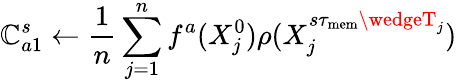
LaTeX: \mathbb{C}_{a1}^{s}\gets\frac{{1}}{{n}}\sum_{j=1}^{n}f^{a}(X_{j}^{0})\rho(X_{j}^{s\tau_{\mathrm{{mem}}}\wedgeT_{j}})